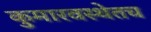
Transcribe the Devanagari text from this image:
कुमारवस्थेतच